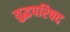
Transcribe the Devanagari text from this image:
युद्धपरिषद